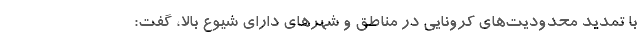
با تمدید محدودیت‌های کرونایی در مناطق و شهرهای دارای شیوع بالا، گفت: